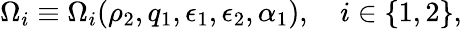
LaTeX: \Omega_{i}\equiv\Omega_{i}(\rho_{2},q_{1},\epsilon_{1},\epsilon_{2},\alpha_{1}),\quad i\in\{ 1,2\} ,